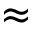
\approx